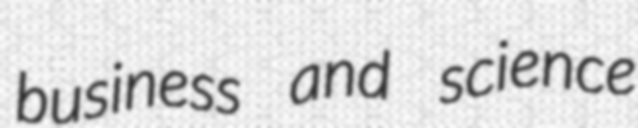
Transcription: business and science